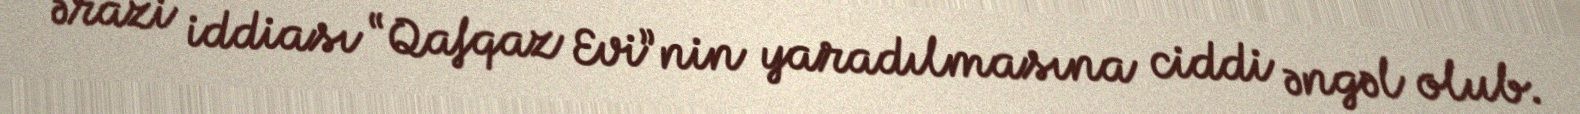
ərazi iddiası “Qafqaz Evi”nin yaradılmasına ciddi əngəl olub.